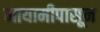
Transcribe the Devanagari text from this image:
मायामीपासून